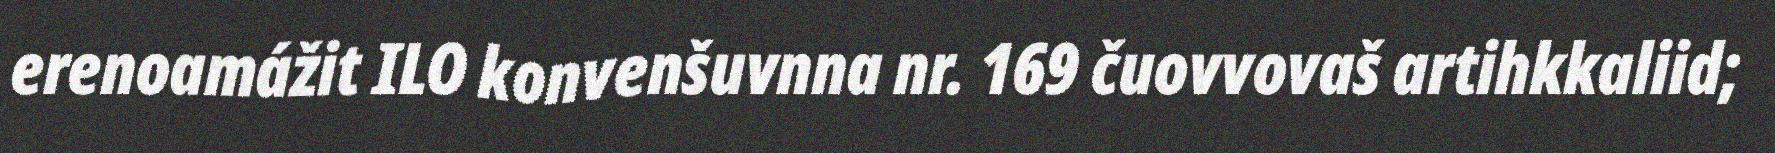
erenoamážit ILO konvenšuvnna nr. 169 čuovvovaš artihkkaliid;